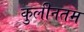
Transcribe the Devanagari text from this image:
कुलीनतम